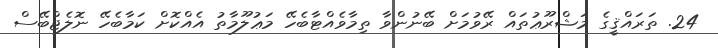
24. ތަރައްޤީގެ މަޝްރޫޢުތައް ރޭވުމަށް ބޭނުންވާ ތިމާވެއްޓާބެހޭ މަޢުލޫމާތު އެއްކޮށް ކަމާބެހޭ ނޮލެޖްބޭސް